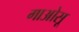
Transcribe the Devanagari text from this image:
गाओसू